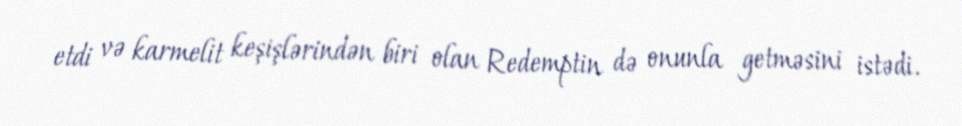
etdi və karmelit keşişlərindən biri olan Redemptin də onunla getməsini istədi.